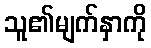
သူ၏မျက်နှာကို